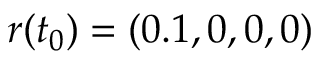
r ( t _ { 0 } ) = ( 0 . 1 , 0 , 0 , 0 )